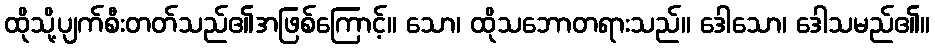
ထိုသို့ပျက်စီးတတ်သည်၏အဖြစ်ကြောင့်။ သော၊ ထိုသဘောတရားသည်။ ဒေါသော၊ ဒေါသမည်၏။